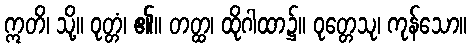
ဣတိ၊ သို့။ ဝုတ္တံ၊ ၏။ တတ္ထ၊ ထိုဂါထာ၌။ ဝုတ္တေသု၊ ကုန်သော။